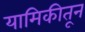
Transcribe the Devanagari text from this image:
यामिकीतून